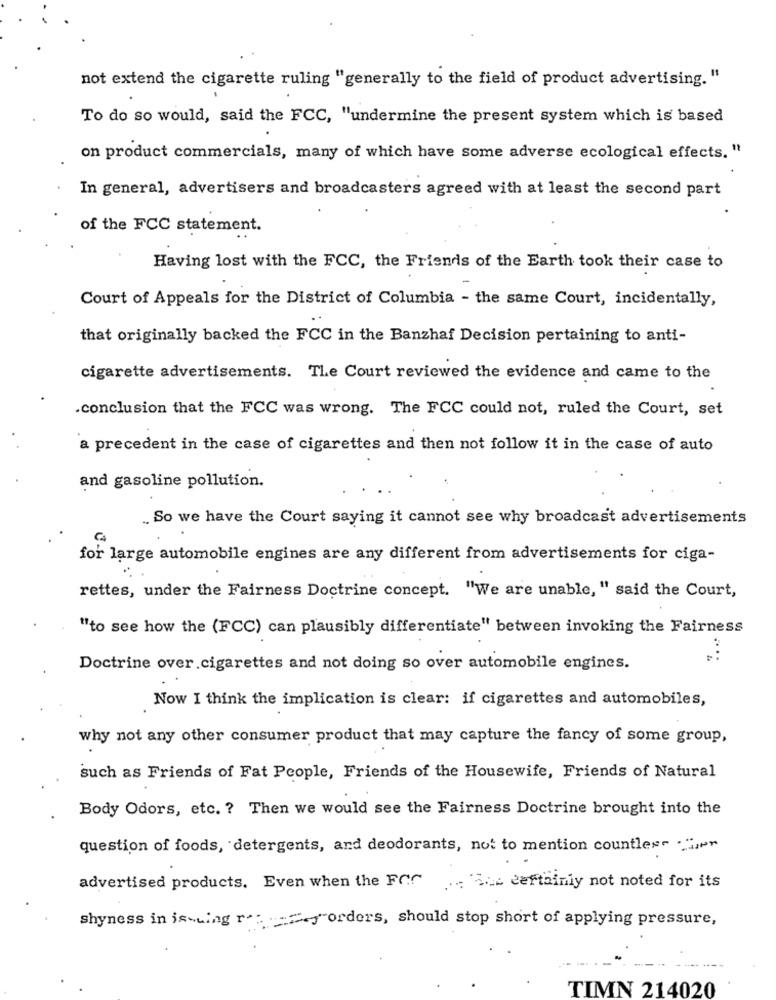
not extend the cigarette ruling "generally to the field of product advertising. "
To do so would, said the FCC, "undermine the present system which is based
on product commercials, many of which have some adverse ecological effects. "
In general, advertisers and broadcasters agreed with at least the second part
of the FCC statement.
Having lost with the FCC, the Friends of the Earth took their case to
Court of Appeals for the District of Columbia - the same Court, incidentally,
that originally backed the FCC in the Banzhaf Decision pertaining to anti-
cigarette advertisements. The Court reviewed the evidence and came to the
.conclusion that the FCC was wrong. The FCC could not, ruled the Court, set
a precedent in the case of cigarettes and then not follow it in the case of auto
and gasoline pollution.
.So we have the Court saying it cannot see why broadcast advertisements
for large automobile engines are any different from advertisements for ciga-
rettes, under the Fairness Doctrine concept. "We are unable, " said the Court,
"to see how the (FCC) can plausibly differentiate" between invoking the Fairness
Doctrine over cigarettes and not doing so over automobile engines.
Now I think the implication is clear: if cigarettes and automobiles,
why not any other consumer product that may capture the fancy of some group,
such as Friends of Fat People, Friends of the Housewife, Friends of Natural
Body Odors, etc. ? Then we would see the Fairness Doctrine brought into the
question of foods, detergents, and deodorants, not to mention countless- . ",
advertised products. Even when the FCC
... See certainly not noted for its
shyness in is-wing re:my orders, should stop short of applying pressure,
TIMN 214020